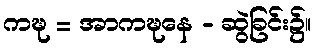
ကဍ္ဎ = အာကဍ္ဎနေ - ဆွဲခြင်း၌။